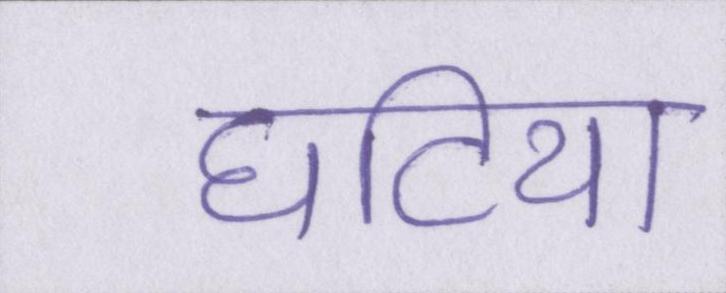
घटिया